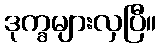
ဒုက္ခများလှပြီ။